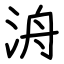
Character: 洀